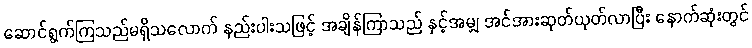
ဆောင်ရွက်ကြသည်မရှိသလောက် နည်းပါးသဖြင့် အချိန်ကြာသည် နှင့်အမျှ အင်အားဆုတ်ယုတ်လာပြီး နောက်ဆုံးတွင်